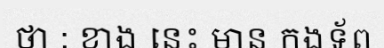
ថា : ខាង នេះ មាន កងទ័ព